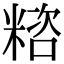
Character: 𥻓